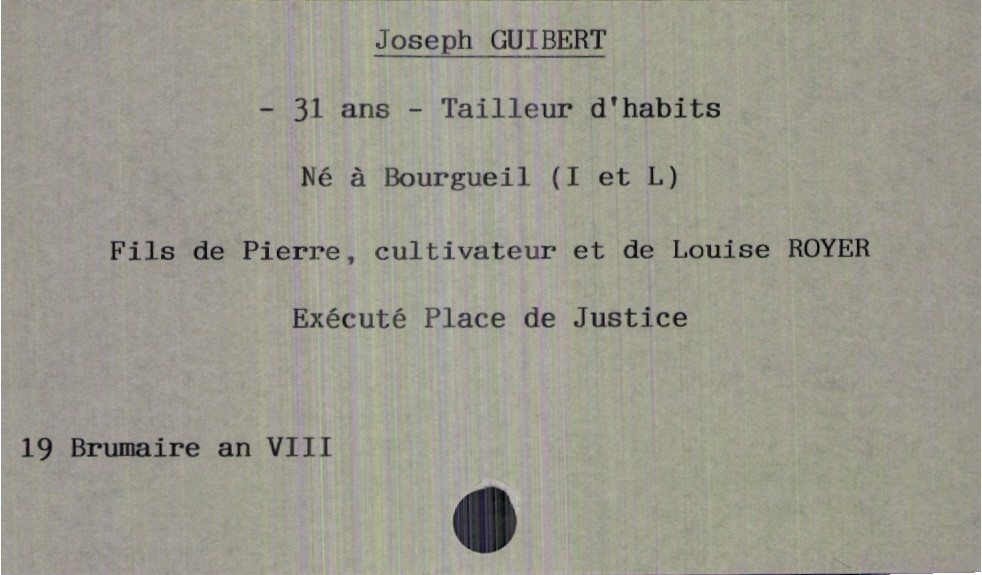
type_acte: Décès
année: an VIII
mois: brumaire
jour: 19
défunt_nom: Guibert
défunt_prénom: Joseph
défunt_sexe: H
défunt_âge: 31 ans
défunt_profession: tailleur d'habits
défunt_lieu_de_naissance: Bourgueil (Indre et Loire)
père_défunt_nom: Guibert
père_défunt_prénom: Pierre
père_défunt_profession: cultivateur
mère_défunt_nom: Royer
mère_défunt_prénom: Louise